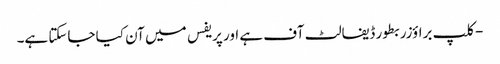
- کلپ براؤزر بطور ڈیفالٹ آف ہے اور پریفس میں آن کیا جاسکتا ہے۔